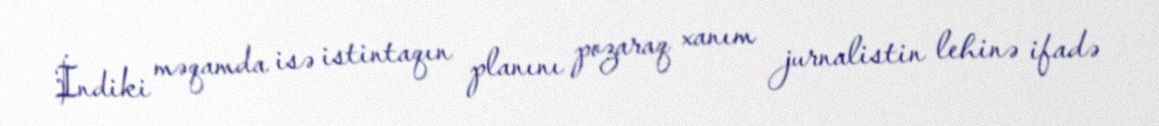
İndiki məqamda isə istintaqın planını pozaraq xanım jurnalistin lehinə ifadə